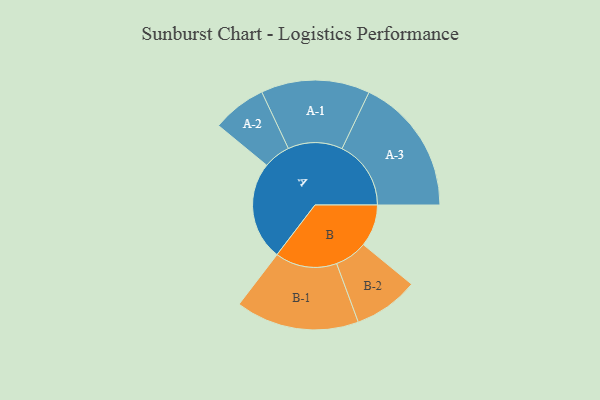
{"axis": {"x": "Segment", "y": "Value"}, "legend": ["", "A", "B"], "data": [{"x": "A", "y": 400, "type": ""}, {"x": "B", "y": 171, "type": ""}, {"x": "A-1", "y": 221, "type": "A"}, {"x": "A-2", "y": 110, "type": "A"}, {"x": "A-3", "y": 280, "type": "A"}, {"x": "B-1", "y": 251, "type": "B"}, {"x": "B-2", "y": 132, "type": "B"}]}